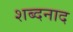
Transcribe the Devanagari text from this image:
शब्दनाद